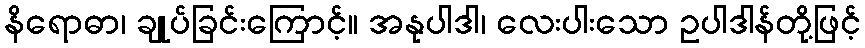
နိရောဓာ၊ ချုပ်ခြင်းကြောင့်။ အနုပါဒါ၊ လေးပါးသော ဥပါဒါန်တို့ဖြင့်